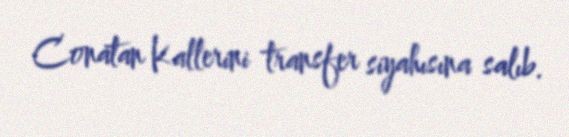
Conatan Kallerini transfer siyahısına salıb.